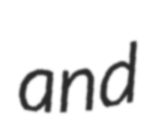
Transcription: and